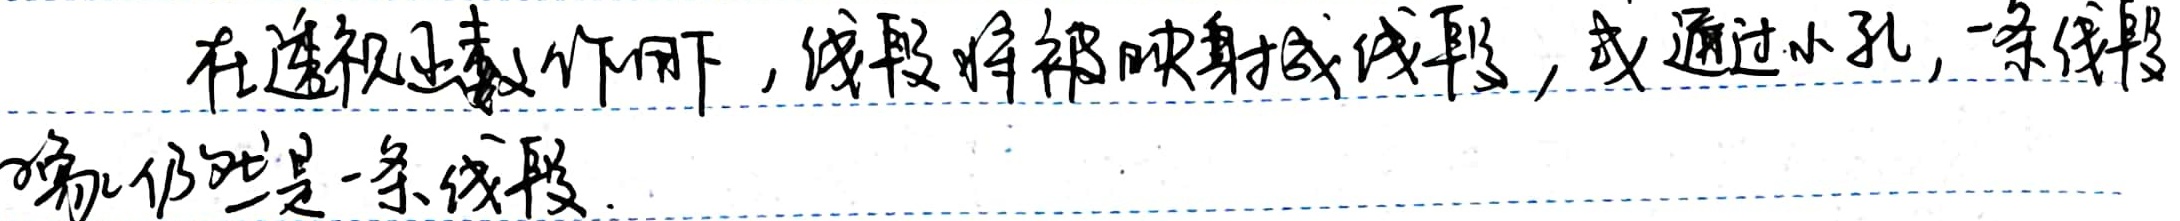
在透视函数作用下，线段将被映射成线段，或通过小孔，一条线段喻儿仍然是一条线段。